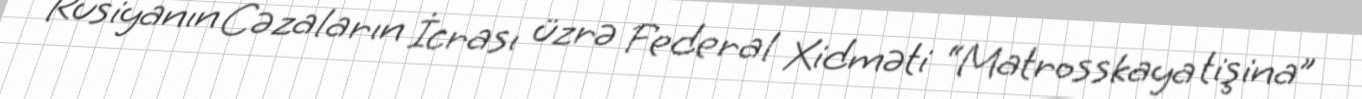
Rusiyanın Cəzaların İcrası üzrə Federal Xidməti “Matrosskaya tişina”